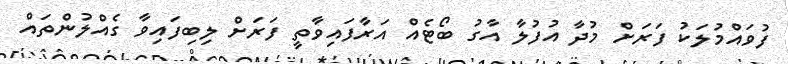
ފުވައްމުލަކު ފަރަށް މުދާ އުފުލާ އާގު ބޯޓެއް އަރާފައިވާތީ ފަރަށް ލިބިފައިވާ ގެއްލުންތައް